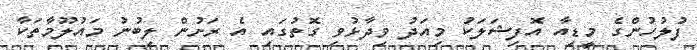
ފުލުހުންގެ މީޑިއާ އޮފިޝަލަކު މިއަދު ވިދާޅުވި ގޮތުގައި އެ ރަށުން ލިބުނު މައުލޫމާތަކާ